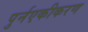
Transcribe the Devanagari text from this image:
पुर्नएकीकरण